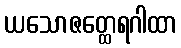
ယသောဇတ္ထေရဂါထာ